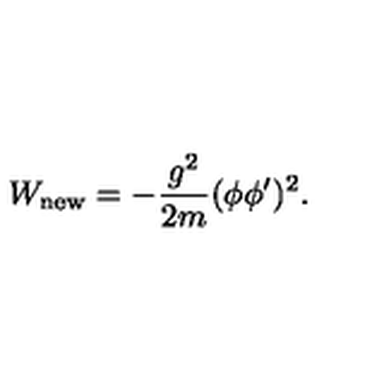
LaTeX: W _ { \mathrm { n e w } } = - \frac { g ^ { 2 } } { 2 m } ( \phi \phi ^ { \prime } ) ^ { 2 } .